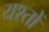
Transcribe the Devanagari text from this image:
यश्तों